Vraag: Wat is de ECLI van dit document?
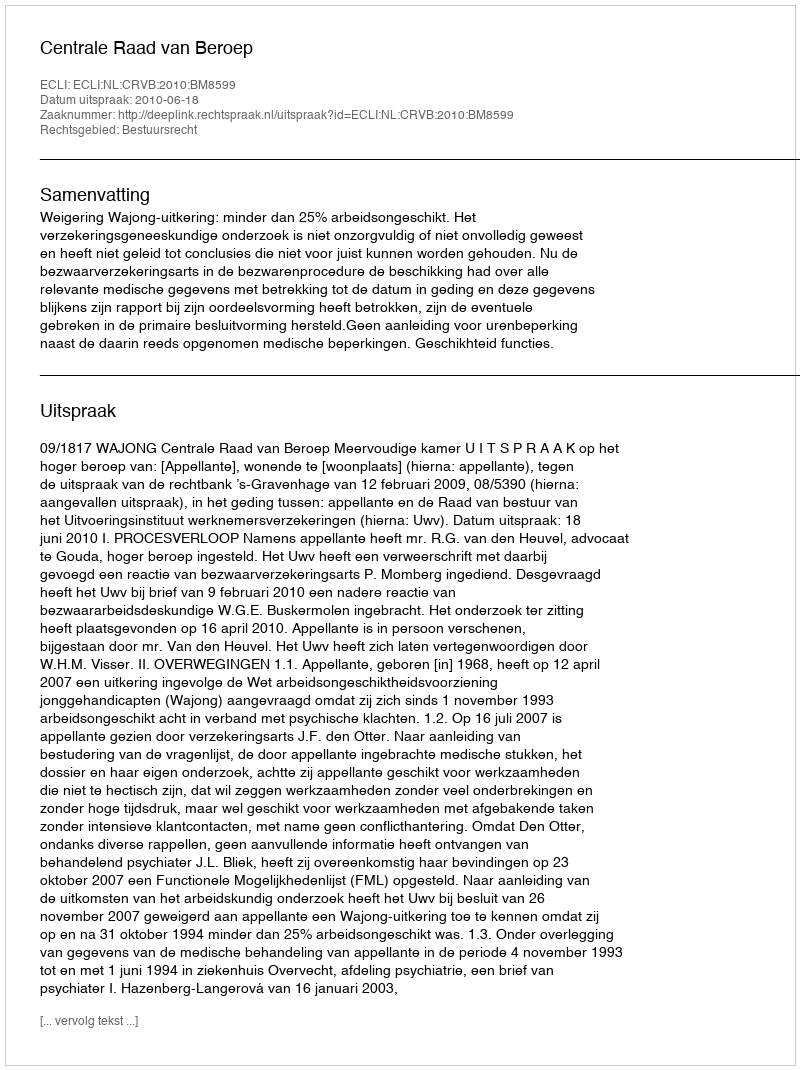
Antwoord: ECLI:NL:CRVB:2010:BM8599